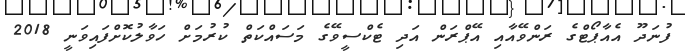
ފުނަދޫ އެއާޕޯޓްގެ ރަންވޭއާއި އޭޕްރަން އަދި ޓެކްސީވޭގެ މަސައްކަތް ކުރުމަށް ހަވާލުކޮށްފައިވަނީ 2018